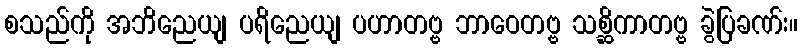
စသည်ကို အဘိညေယျ ပရိညေယျ ပဟာတဗ္ဗ ဘာဝေတဗ္ဗ သစ္ဆိကာတဗ္ဗ ခွဲပြခဏ်း။